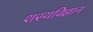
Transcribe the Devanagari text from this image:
शस्यविज्ञान